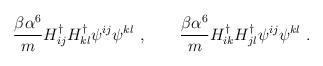
LaTeX: \begin{align*}\frac{\beta \alpha^6}{m} H^{\dagger}_{ij} H^{\dagger}_{kl} \psi^{ij} \psi^{kl} \ , \qquad \frac{\beta \alpha^6}{m} H^{\dagger}_{ik} H^{\dagger}_{jl} \psi^{ij} \psi^{kl} \ .\end{align*}